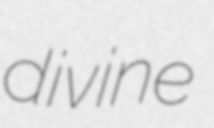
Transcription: divine